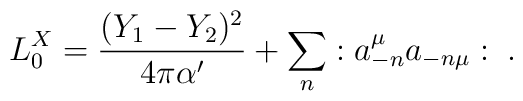
L^X_0={(Y_1-Y_2)^2\over 4\pi \alpha^\prime}+\sum_n:a^\mu_{-n}a_{-n\mu}:\;.